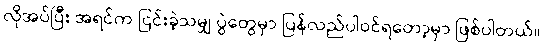
လိုအပ်ပြီး အရင်က ငြင်းခဲ့သမျှ ပွဲတွေမှာ ပြန်လည်ပါဝင်ရတော့မှာ ဖြစ်ပါတယ်။